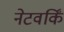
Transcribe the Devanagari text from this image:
नेटवर्किं